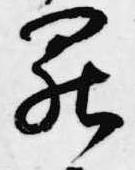
罷